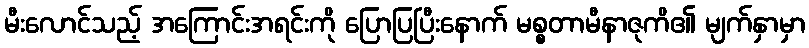
မီးလောင်သည့် အကြောင်းအရင်းကို ပြောပြပြီးနောက် မစ္စတာမီနာဇုကိ၏ မျက်နှာမှာ